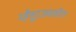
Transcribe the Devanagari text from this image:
म्हैसूरजवळील